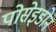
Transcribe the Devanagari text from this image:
पोसेइडोन